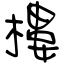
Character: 樓